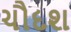
ચૌદશ